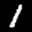
Label: 1